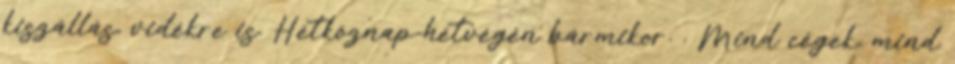
kiszállás, vidékre is. Hétköznap-hétvégén bármikor. . Mind cégek, mind